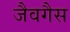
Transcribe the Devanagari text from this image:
जैवगैस